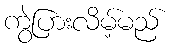
ကွဲပြားလိမ့်မည်